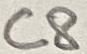
Text: C8